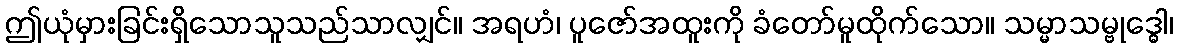
ဤယုံမှားခြင်းရှိသောသူသည်သာလျှင်။ အရဟံ၊ ပူဇော်အထူးကို ခံတော်မူထိုက်သော။ သမ္မာသမ္ဗုဒ္ဓေါ၊